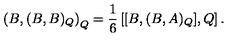
\left( B , ( B , B ) _ { Q } \right) _ { Q } = \frac { 1 } { 6 } \left[ [ B , ( B , A ) _ { Q } ] , Q \right] .